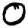
Digit: 0